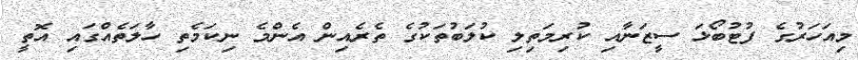
މިއަހަރުގެ ފުޓުބޯޅަ ސީޒަނާއި ކުރިމަތިލި ކުލަބުތަކުގެ ތެރެއިން އެންމެ ނިކަމެތި ހާލަތެއްގައި އޮތީ